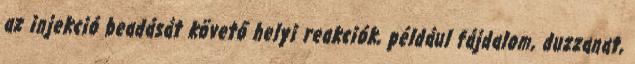
az injekció beadását követő helyi reakciók, például fájdalom, duzzanat,